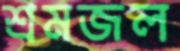
শ্রমজল